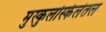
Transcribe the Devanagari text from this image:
मुस्कुलोस्केलेतल